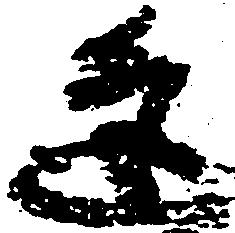
逢